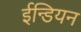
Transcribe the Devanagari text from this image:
ईन्डियन